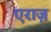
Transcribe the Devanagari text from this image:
एराज़